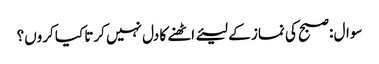
سوال :صبح کی نماز کے لیئے اٹھنے کا دل نہیں کرتا کیا کروں؟